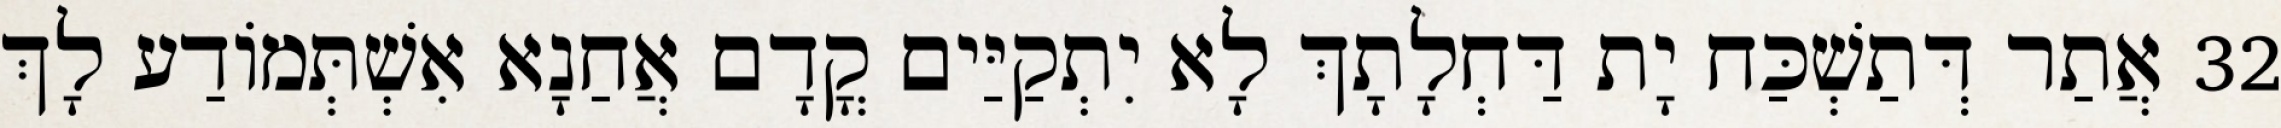
32 אֲתַר דְּתַשְׁכַּח יָת דַּחְלָתָךְ לָא יִתְקַיַּים קֳדָם אֲחַנָא אִשְׁתְּמוֹדַע לָךְ